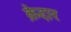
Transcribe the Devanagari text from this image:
क़ेदार